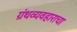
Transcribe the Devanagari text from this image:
ग्रंथव्यवहाराचा